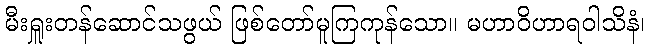
မီးရှူးတန်ဆောင်သဖွယ် ဖြစ်တော်မူကြကုန်သော။ မဟာဝိဟာရဝါသိနံ၊